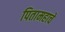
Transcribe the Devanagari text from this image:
पितामहाचे